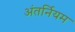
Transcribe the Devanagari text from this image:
अंतर्नियम